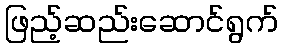
ဖြည့်ဆည်းဆောင်ရွက်